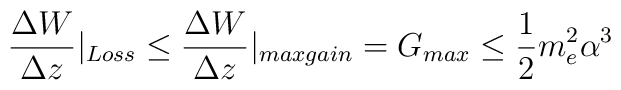
\frac {\Delta W}{\Delta z} |_{Loss} \leq \frac {\Delta W}{\Delta z}|_{max gain} = G_{max} \leq \frac {1}{2} m_e^2 \alpha^3